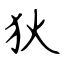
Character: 狄